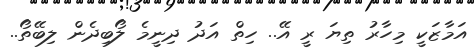
އަމާޒަކީ މިހާރު ތިޔަ ރީ އޭ.. ހިތް އަދު ދިނީމެ ލޯބިދެން ލިބޭތޯ..